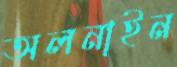
অলনাইন